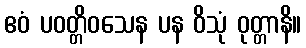
ဧဝံ ပဝတ္တိဝသေန ပန ဝိသုံ ဝုတ္တာနိ။